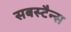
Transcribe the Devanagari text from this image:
सबस्टैन्स